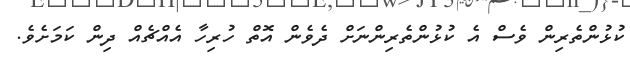
ކުޅުންތެރިން ވެސް އެ ކުޅުންތެރިންނަށް ދެވެން އޮތް ހުރިހާ އެއްޗެއް ދިން ކަމަށެވެ.